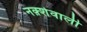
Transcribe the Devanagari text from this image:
नक़्शेवाली